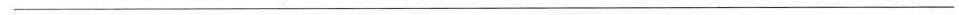
___